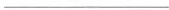
___